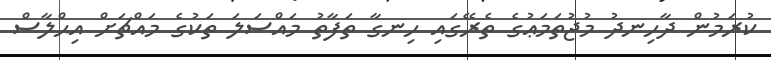
ކުރަމުން ދާހިނދު މުޖުތަމަޢުގެ ތެރޭގައި ހިނގާ ތަފާތު މައްސަލަ ތަކުގެ މައްޗަށް އިޙްލާސް